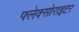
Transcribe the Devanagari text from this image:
फ्लेक्सोराइटर